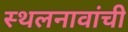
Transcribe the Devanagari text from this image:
स्थलनावांची